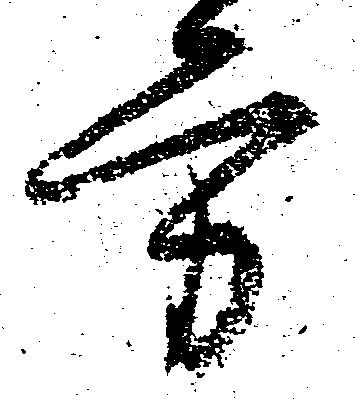
方